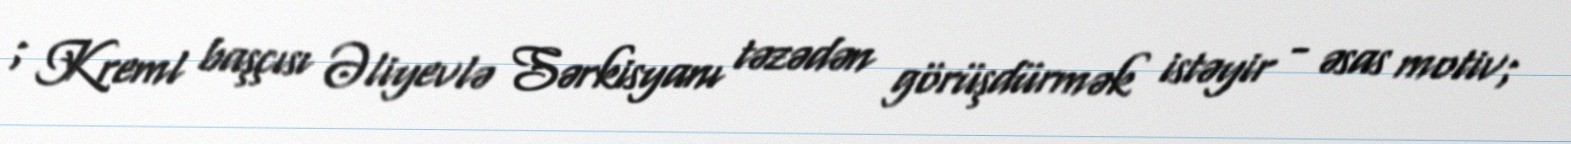
; Kreml başçısı Əliyevlə Sərkisyanı təzədən görüşdürmək istəyir - əsas motiv;